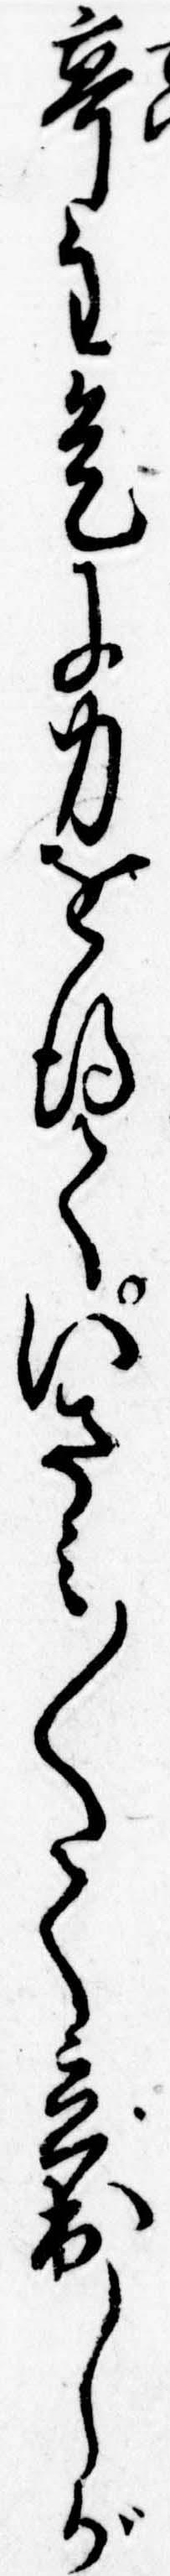
亭主是に力を得ていさみ〱て立出しが